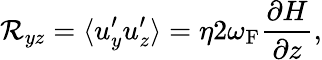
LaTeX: {\cal{R}}_{yz}=\langle{u_{y}^{\prime}u_{z}^{\prime}}\rangle=\eta 2\omega_{\mathrm{{F}}}\frac{\partial H}{\partial z},